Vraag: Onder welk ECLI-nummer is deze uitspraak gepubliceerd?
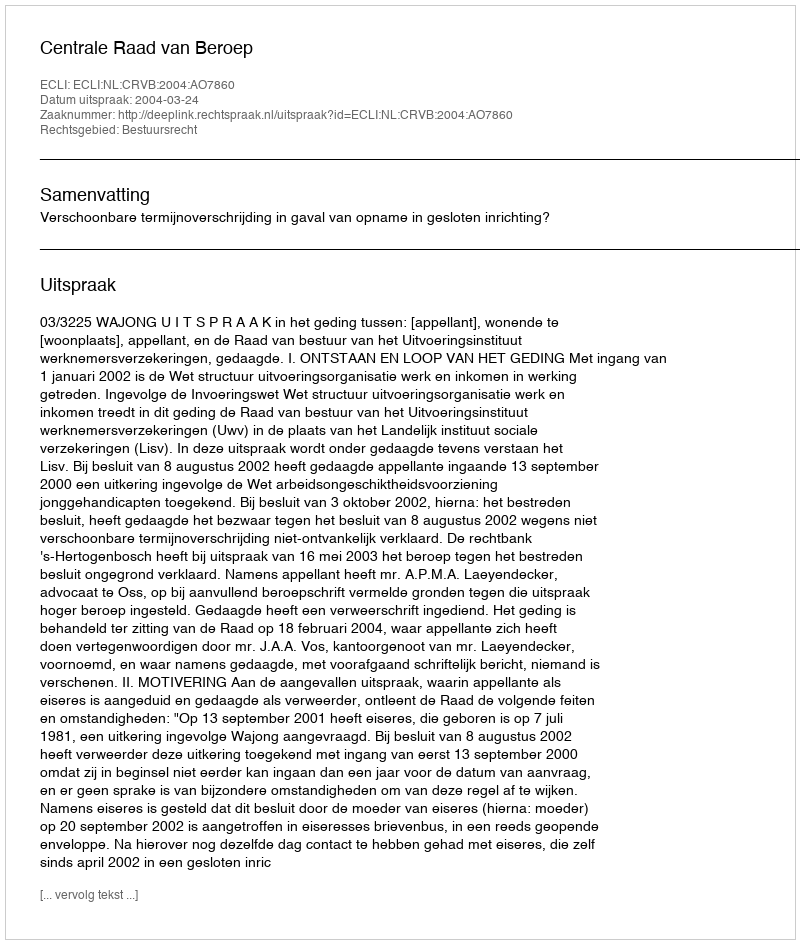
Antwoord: ECLI:NL:CRVB:2004:AO7860